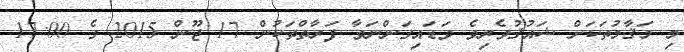
މި މަޤާމުތަކަށް ޝައުޤުވެރިވެ ވަޑައިގަންނަވާ ފަރާތްތަކުން 17 ޖޫން 2015 ގެ 17:00